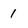
Character: 1